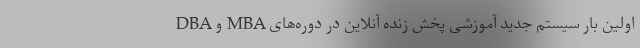
اولین بار سیستم جدید آموزشی پخش زنده آنلاین در دوره‌های MBA و DBA